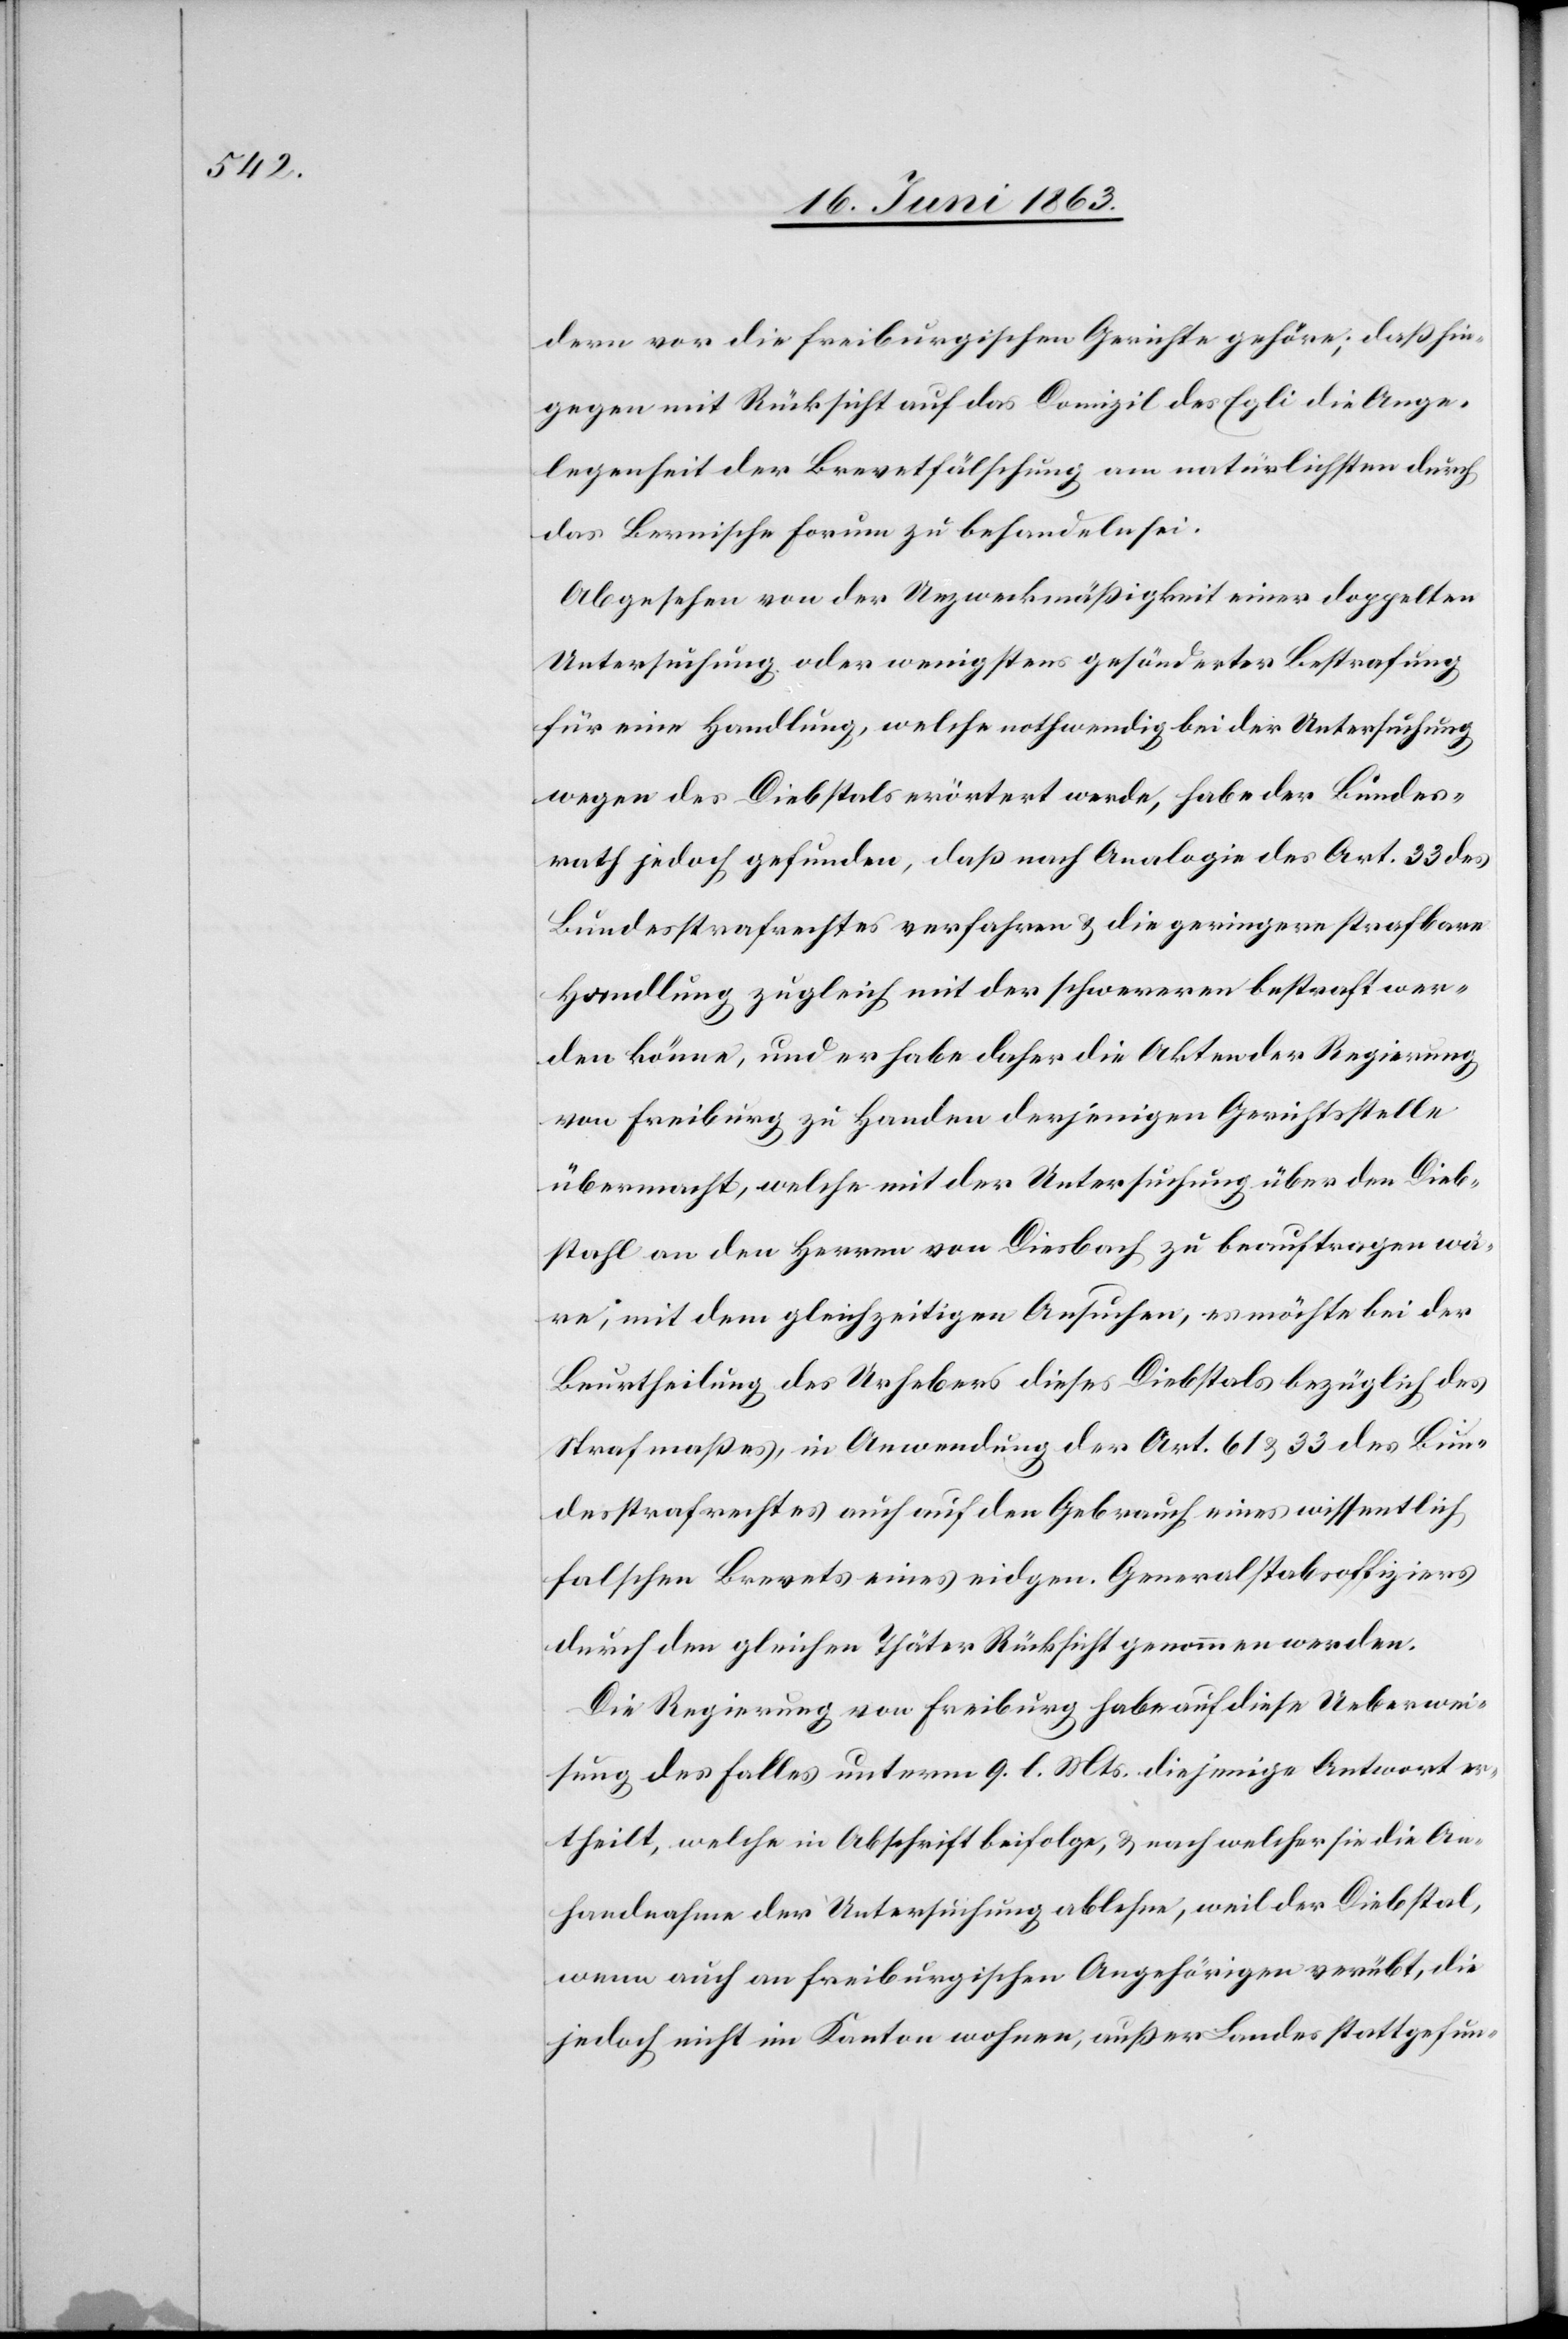
dern vor die freiburgischen Gerichte gehöre; daß hin¬
gegen mit Rücksicht auf das Domizil des Egli die Ange¬
legenheit der Brevetfälschung am natürlichsten durch
das Bernische Forum zu behandeln sei.
Abgesehen von der Unzweckmäßigkeit einer doppelten
Untersuchung oder wenigstens gesönderter Bestrafung
für eine Handlung, welche nothwendig bei der Untersuchung
wegen des Diebstals erörtert werde, habe der Bundes¬
rath jedoch gefunden, daß nach Analogie der Art. 33 des
Bundesstrafrechtes verfahren & die geringere strafbare
Handlung zugleich mit der schwereren bestraft wer¬
den könne, und er habe daher die Akten der Regierung
von Freiburg zu Handen derjenigen Gerichtsstelle
übermacht, welche mit der Untersuchung über den Dieb¬
stahl an den Herren von Diesbach zu beauftragen wä¬
re, mit dem gleichzeitigen Ansuchen, es möchte bei der
Beurtheilung des Urhebers dieses Diebstals bezüglich des
Strafmaßes, in Anwendung der Art. 61 & 33 des Bun¬
desstrafrechtes auch auf den Gebrauch eines wissentlich
falschen Brevets eines eidgen. Generalstabsoffiziers
durch den gleichen Thäter Rücksicht genommen werden.
Die Regierung von Freiburg habe auf diese Ueberwei¬
sung des Falles unterm 9. l. Mts. diejenige Antwort er¬
theilt, welche in Abschrift beifolge, & nach welcher sie die An¬
handnahme der Untersuchung ablehne, weil der Diebstal,
wenn auch an freiburgischen Angehörigen verübt, die
jedoch nicht im Kanton wohnen, außer Landes stattgefun-